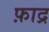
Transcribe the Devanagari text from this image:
फ़ाद्र